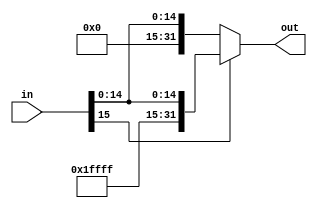
module SignExtended(in, out);
input [15:0] in;
output [31:0] out;

assign out = (in[15]) ? {16'hffff, in} : 
             (~in[15]) ? {16'h0000, in} : 16'hxxxx;
endmodule